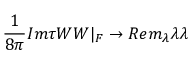
{ \frac { 1 } { 8 \pi } } I m \tau W W | _ { F } \rightarrow R e m _ { \lambda } \lambda \lambda